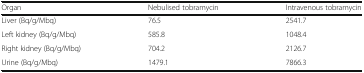
| Organ | Nebulised tobramycin | Intravenous tobramycin |
 | --- | --- | --- |
 | Liver (Bq/g/Mbq) | 76.5 | 2541.7 |
 | Left kidney (Bq/g/Mbq) | 585.8 | 1048.4 |
 | Right kidney (Bq/g/Mbq) | 704.2 | 2126.7 |
 | Urine (Bq/g/Mbq) | 1479.1 | 7866.3 |